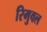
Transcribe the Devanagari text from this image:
रिमुवल